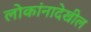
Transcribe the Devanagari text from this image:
लोकांनादेखील